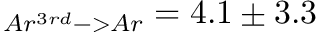
_ { A r ^ { 3 r d } - > A r } = 4 . 1 \pm 3 . 3 \quad